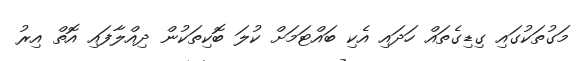
މަގުތަކުގައި ގިޑިގެތައް ހަދައި އެކި ބައްޓަމަށް ކުލަ ބޮކިތަކުން ދިއްލާފައި އޮތް އިރު